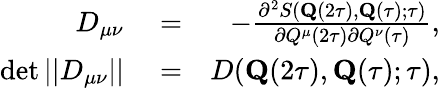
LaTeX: \begin{array}{rlr}{D_{\mu\nu}}&{{}=}&{-\frac{\partial^{2}S(\mathbf{Q}(2\tau),\mathbf{Q}(\tau);\tau)}{\partial{Q}^{\mu}(2\tau)\partial{Q}^{\nu}(\tau)},}\\ {\operatorname*{det}||D_{\mu\nu}||}&{{}=}&{D(\mathbf{Q}(2\tau),\mathbf{Q}(\tau);\tau),}\end{array}